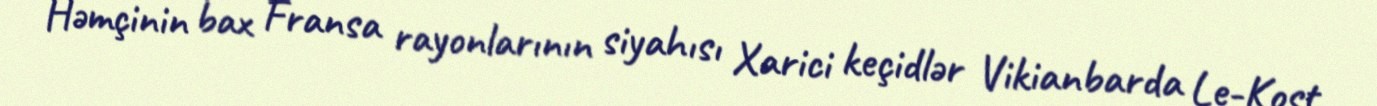
Həmçinin bax Fransa rayonlarının siyahısı Xarici keçidlər Vikianbarda Le-Kost